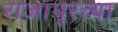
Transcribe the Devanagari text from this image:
राजापूरच्या